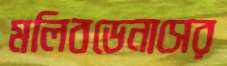
মলিবডেনাসের